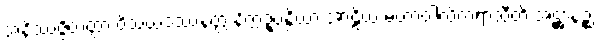
အနိဿဇ္ဇိတတ္တာ ဝိသယဒဿနတ္ထံ နိက္ကဍ္ဎန္တိယာ အာဠိယံ မဟာဝါလိကရာသီတိ အဋ္ဌာနဉ္စ